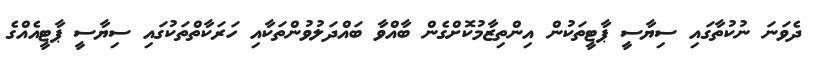
ދެވަނަ ނުކުތާގައި ސިޔާސީ ޕާޓީތަކުން އިންތިޒާމުކޮށްގެން ބާއްވާ ބައްދަލުވުންތަކާއި ހަރަކާތްތަކުގައި ސިޔާސީ ޕާޓީއެއްގެ